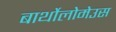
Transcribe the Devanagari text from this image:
बार्थोलोमेउस